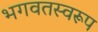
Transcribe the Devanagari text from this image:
भगवतस्वरूप